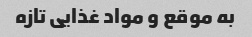
به موقع و مواد غذایی تازه